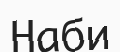
Наби